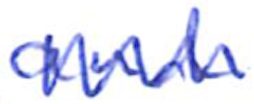
Text: and
Cross-out: zig-zag
Writing tool: ballpoint